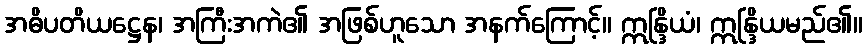
အဓိပတိယဋ္ဌေန၊ အကြီးအကဲ၏ အဖြစ်ဟူသော အနက်ကြောင့်။ ဣန္ဒြိယံ၊ ဣန္ဒြိယမည်၏။